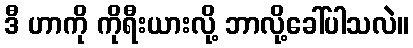
ဒီ ဟာကို ကိုရီးယားလို့ ဘာလို့ခေါ်ပါသလဲ။